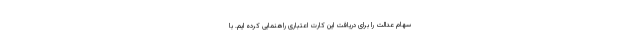
سهام عدالت را برای دریافت این کارت اعتباری راهنمایی کرده ایم. با